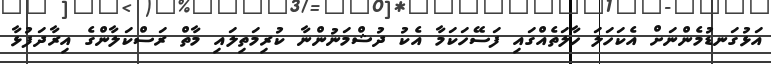
އަޅުގަނޑުމެންނަށް އެކަހަލަ ހާލަތެއްގައި ފަސޭހަކަމާ އެކު ދުޝްމަނުންނާ ކުރިމަތިލައި މާތް ރަސްކަލާންގެ އިރާދަފުޅާ